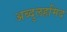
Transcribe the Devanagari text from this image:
अब्दुलहमिद